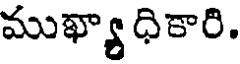
ముఖ్యా ధికారి.